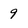
Character: 9